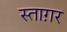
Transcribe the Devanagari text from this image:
स्ताग़र